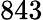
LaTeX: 843